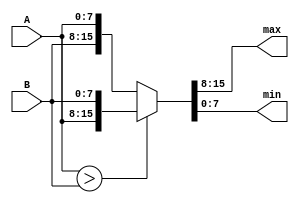
// Code your design here
// Code your design here
// Code your design here
module maxmin (max,min,A,B);
  input [7:0] A,B;
  output [7:0] max,min;
  
  wire gt;
  wire [7:0] max,min;
  
  assign gt= A>B;
  assign {max,min}= gt ? {A,B} : {B,A};
endmodule
    

// Code your design here
    module mmm (max,mid, min,A,B,C);
      input [7:0] A,B,C;
  output [7:0] max,mid,min;
  
  wire [7:0] max1,min1;
  wire [7:0] max,min2;
  wire [7:0] mid,min;
  
  
  maxmin MM1 (max1,min1, A,B);
    
  maxmin MM2 (max,min2, max1,C);
    
  maxmin MM3 (mid,min, min1,min2);
  
    endmodule
  
module mmmm (max,midH,midL,min,A,B,C,D);
    input [7:0] A,B,C,D;
    output [7:0] max,midH,midL,min;
  

    wire [7:0] max1,mid1,min1;
    wire [7:0] max,min2;
    wire [7:0] midH,midL,min;
  
  
    mmm MMM1 (max1,mid1,min1, A,B,C);
    
    maxmin MMM2 (max,min2, max1,D);
    
    mmm MMM3 (midH,midL,min, mid1,min2,min1);
  
    endmodule